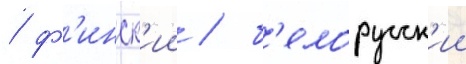
/ ф'инск'ии / б'елорусск'ии